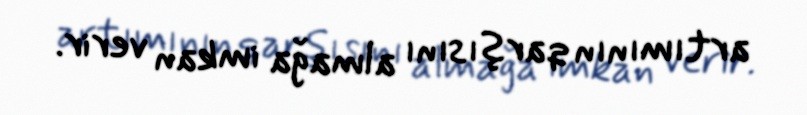
artımının qarşısını almağa imkan verir.